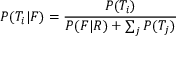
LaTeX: P ( T _ { i } | F ) = { \frac { P ( T _ { i } ) } { P ( F | R ) + \sum _ { j } { P ( T _ { j } ) } } }